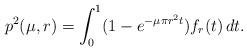
LaTeX: \begin{align*}p^2(\mu,r)=\int_0^1(1-e^{-\mu\pi r^2t})f_r(t)\,dt.\end{align*}